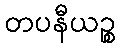
တပနီယဉ္စ